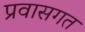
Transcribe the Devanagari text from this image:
प्रवासगत